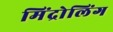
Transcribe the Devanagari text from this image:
मिंद्रोलिंग